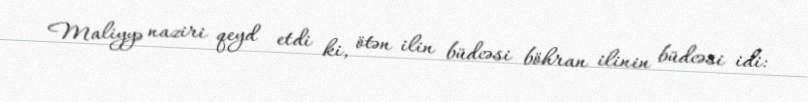
Maliyyə naziri qeyd etdi ki, ötən ilin büdcəsi böhran ilinin büdcəsi idi: